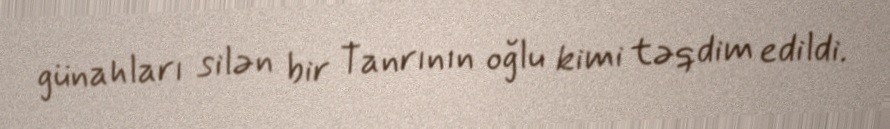
günahları silən bir Tanrının oğlu kimi təqdim edildi.